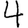
Digit: 4